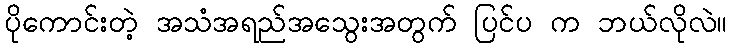
ပိုကောင်းတဲ့ အသံအရည်အသွေးအတွက် ပြင်ပ က ဘယ်လိုလဲ။